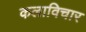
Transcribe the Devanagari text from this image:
कलाविचार